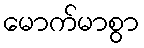
မောက်မာစွာ